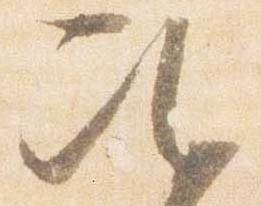
次